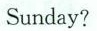
Sunday?